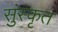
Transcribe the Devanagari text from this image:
सुंस्कृत